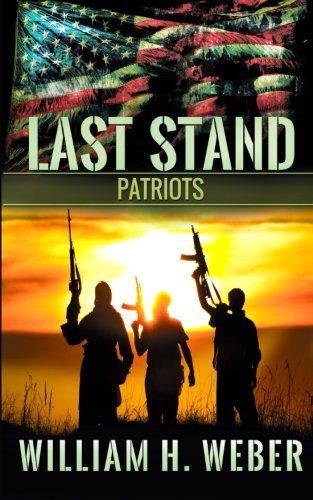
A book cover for Last Stand: Patriots; William H. Weber; Science Fiction & Fantasy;